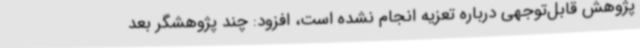
پژوهش قابل‌توجهی درباره تعزیه انجام نشده است، افزود: چند پژوهشگر بعد